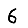
Digit: 6